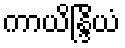
ကာယိန္ဒြိယံ